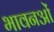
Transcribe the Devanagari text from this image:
भावनओं